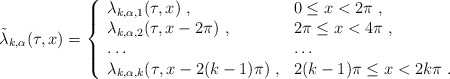
\begin{align*} \tilde\lambda_{k,\alpha}(\tau,x) = \left\{ \begin{array}{ll} \lambda_{k,\alpha,1}(\tau,x)~, & 0\leq x < 2\pi~, \cr \lambda_{k,\alpha,2}(\tau,x-2\pi)~, & 2\pi\leq x < 4\pi~, \cr \ldots & \ldots \cr \lambda_{k,\alpha,k}(\tau,x-2(k-1)\pi)~, & 2(k-1)\pi\leq x < 2k\pi~. \end{array}\right.\end{align*}